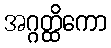
အဂ္ဂတ္ထိကော